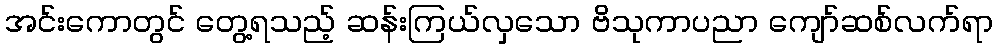
အင်းကောတွင် တွေ့ရသည့် ဆန်းကြယ်လှသော ဗိသုကာပညာ ကျော်ဆစ်လက်ရာ